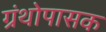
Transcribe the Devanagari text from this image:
ग्रंथोपासक